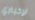
لإخباري